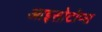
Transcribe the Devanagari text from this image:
आइसोटोप्स